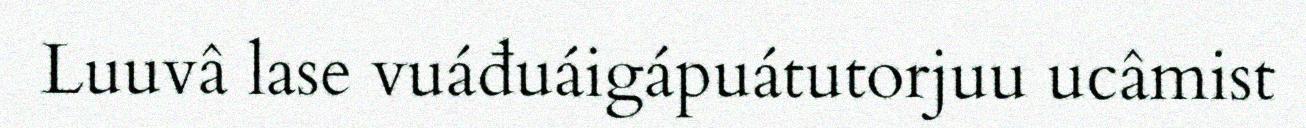
Luuvâ lase vuáđuáigápuátutorjuu ucâmist